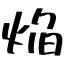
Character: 焔